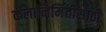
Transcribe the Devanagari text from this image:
कलानिर्मितीसाठी